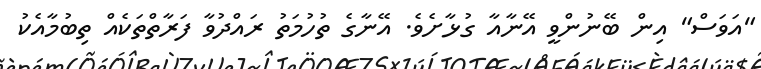
"އަވަސް" އިން ބޭނުންވީ އޭނާއާ ގުޅާށެވެ. އޭނާގެ ތުހުމަތު ރައްދުވާ ފަރާތްތަކެއް ތިބުމާއެކު